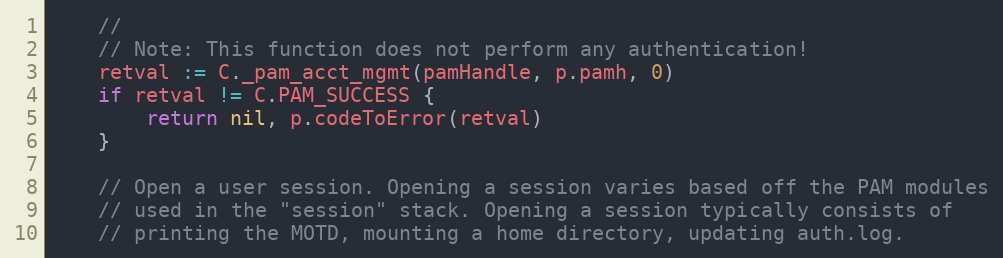
Language: Go
	//
	// Note: This function does not perform any authentication!
	retval := C._pam_acct_mgmt(pamHandle, p.pamh, 0)
	if retval != C.PAM_SUCCESS {
		return nil, p.codeToError(retval)
	}

	// Open a user session. Opening a session varies based off the PAM modules
	// used in the "session" stack. Opening a session typically consists of
	// printing the MOTD, mounting a home directory, updating auth.log.